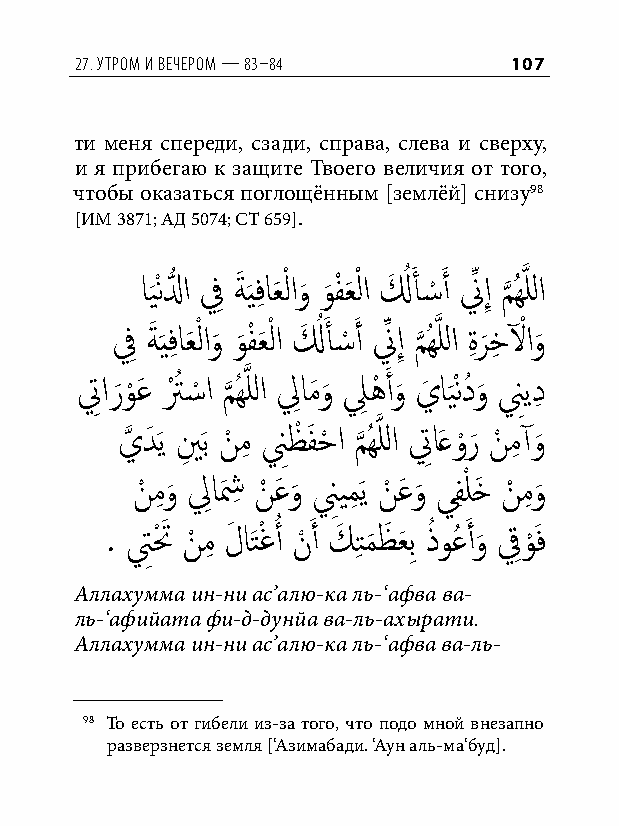
27. утром и вечером — 83–84  107
 ти меня спереди, сзади, справа, слева и сверху,
 и я прибегаю к защите Твоего величия от того,
 чтобы оказаться поглощённым [землёй] снизу98
 [ИМ 3871; АД 5074; СТ 659].
 اي
 َ
 ْنلُّ ا فِ ةَ َيفِ اعَ ْ لاو
 َ
 و
 َ
 فْ عَ ْ لا لَ ُ أَ �ْ َ أ نِّ إِ م
 َّذ
 ُهَّذ للا
 فِ ةَ َيفِ اعَ ْ لاو
 َ
 و
 َ
 فْ عَ ْ لا لَ ُ أَ �ْ َ أ نِّ إِ م
 َّذ
 ُهَّذ للا ةِ ر
 َ
 خِ لْ او
 َ
 تِ ار َو
 ْ
 عَ تْ ُ �ْ ا م
 َّذ
 ُهَّذ للا لِامَو
 َ
 لِ هْ َ أو
 َ
 يَ اي
 َ
 ْندُ و
 َ
 نِيدِ
 يَّذ دَ َي ينِ َب نْ مِ نِظْ فَ حْ ا م
 َّذ
 ُهَّذ للا تِ اَعو ْر
 َ
 نْ مِ آو
 َ
 نْ مِ و
 َ
 لِاشَ ِ نْ عَ و
 َ
 نِيمِ َي نْ عَ و
 َ
 يفِ ْ لخَ نْ مِ و
 َ
 . تِتْ َ نْ مِ لَ اَتْغأُ نْ َ أ كَ تِ م َ ظَ عَ بِ ذُ وعُ َ أو َ قِو ْ َف
 Аллахумма ин-ни ас’алю-ка ль-‘афва ва-
 ль-‘афийата фи-д-дунйа ва-ль-ахырати.
 Аллахумма ин-ни ас’алю-ка ль-‘афва ва-ль-
 98 То есть от гибели из-за того, что подо мной внезапно
 разверзнется земля [‘Азимабади. ‘Аун аль-ма‘буд].